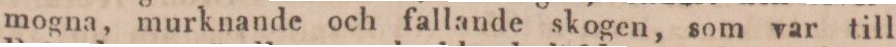
mogna, murknande och fallande skogen, som var till